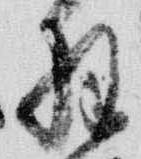
羽